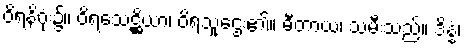
ဝိရနိဂုံး၌။ ဝိရသေဋ္ဌိယာ၊ ဝိရသူဌေး၏။ ဓီတာယ၊ သမီးသည်။ ဒိန္နံ၊